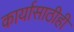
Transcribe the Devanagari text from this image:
कार्यासाठीही